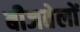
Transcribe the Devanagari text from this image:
बीजतेलों